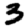
Digit: 3